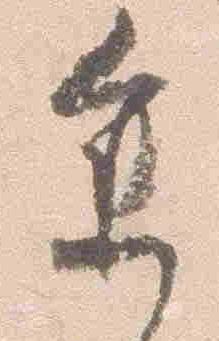
参